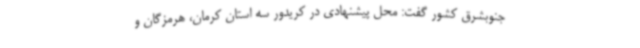
جنوبشرق کشور گفت: محل پیشنهادی در کریدور سه استان کرمان، هرمزگان و